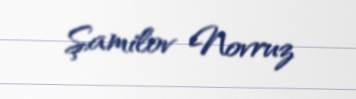
Şamilov Novruz